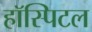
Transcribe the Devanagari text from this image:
हॉस्पिटल